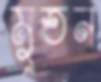
মুতন